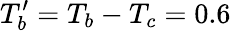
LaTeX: T_{b}^{\prime}=T_{b}-T_{c}=0.6